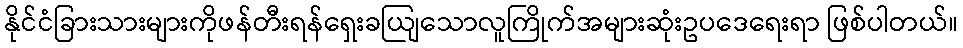
နိုင်ငံခြားသားများကိုဖန်တီးရန်ရှေးခယျြသောလူကြိုက်အများဆုံးဥပဒေရေးရာ ဖြစ်ပါတယ်။